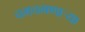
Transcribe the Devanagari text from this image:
चमचमणार्‍या